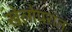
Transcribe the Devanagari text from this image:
खेलोपरांत